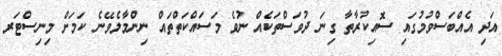
އަދި އެއްބަސްވުމުގައި ސޮއިކުރާތާ ގިނަ ދުވަސްތަކެއް ނުވެ މަސައްކަތްތައް ނިންމާލެވޭނެ ކަމަށް މިނިސްޓަރ